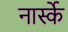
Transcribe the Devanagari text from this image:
नार्स्के